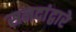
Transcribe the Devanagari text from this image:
सनदांद्वारे